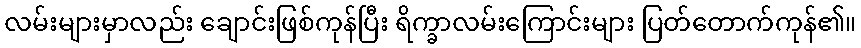
လမ်းများမှာလည်း ချောင်းဖြစ်ကုန်ပြီး ရိက္ခာလမ်းကြောင်းများ ပြတ်တောက်ကုန်၏။